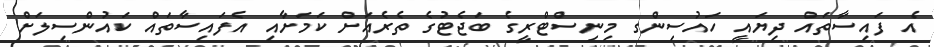
އެ ފައިސާތައް ދިޔައީ ހައުސިންގ މިނިސްޓްރީގެ ބަޖެޓުގެ ތެރެއަށް ކަމަށާއި އެފައިސާތައް ކައުންސިލަށް